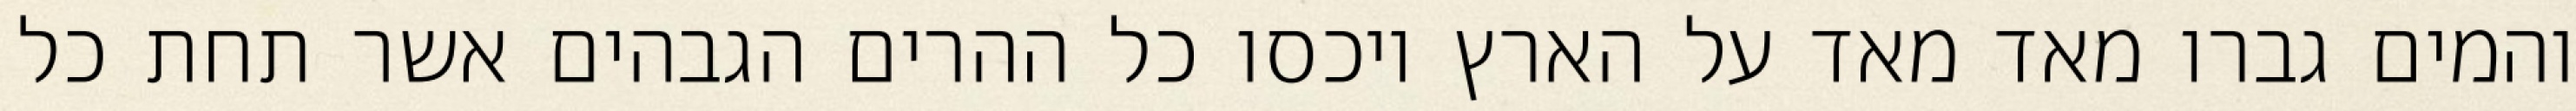
והמים גברו מאד מאד על הארץ ויכסו כל ההרים הגבהים אשר תחת כל